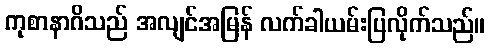
ကုစာနာဂိသည် အလျင်အမြန် လက်ခါယမ်းပြလိုက်သည်။